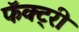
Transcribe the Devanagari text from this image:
फॅक्ट्री